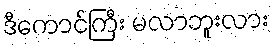
ဒီကောင်ကြီး မလာဘူးလား